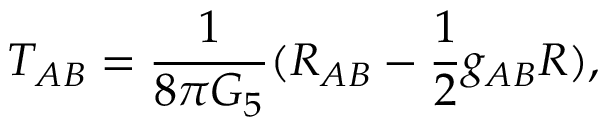
T _ { A B } = \frac { 1 } { 8 \pi G _ { 5 } } ( R _ { A B } - \frac { 1 } { 2 } g _ { A B } R ) ,